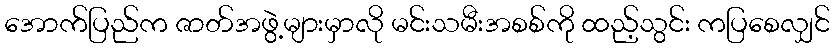
အောက်ပြည်က ဇာတ်အဖွဲ့များမှာလို မင်းသမီးအစစ်ကို ထည့်သွင်း ကပြစေလျှင်